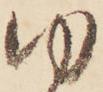
ゆ